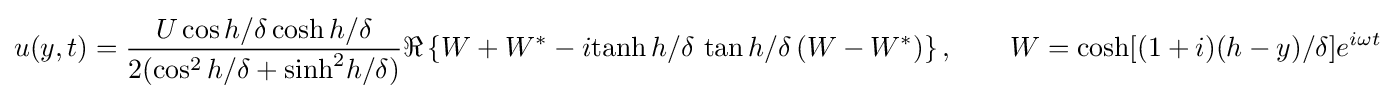
u(y,t)={\frac {U\cos h/\delta \,\mathrm {cosh} \,h/\delta }{2(\cos ^{2}h/\delta +\mathrm {sinh} ^{2}h/\delta )}}\Re \left\{W+W^{*}-i\mathrm {tanh} \,h/\delta \,\tan h/\delta \,(W-W^{*})\right\},\qquad W=\mathrm {cosh} [(1+i)(h-y)/\delta ]e^{i\omega t}